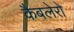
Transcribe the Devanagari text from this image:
कैबलेरो